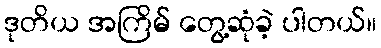
ဒုတိယ အကြိမ် တွေ့ဆုံခဲ့ ပါတယ်။